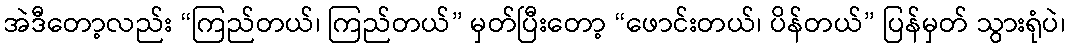
အဲဒီတော့လည်း “ကြည်တယ်၊ ကြည်တယ်” မှတ်ပြီးတော့ “ဖောင်းတယ်၊ ပိန်တယ်” ပြန်မှတ် သွားရုံပဲ၊